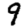
Digit: 9